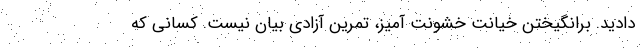
دادید. برانگیختن خیانت خشونت آمیز، تمرین آزادی بیان نیست. کسانی که